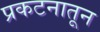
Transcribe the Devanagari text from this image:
प्रकटनातून